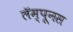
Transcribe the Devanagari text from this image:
लॅम्पूनस